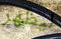
ليظهر